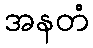
အနတံ